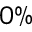
0 \%